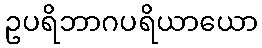
ဥပရိဘာဂပရိယာယော